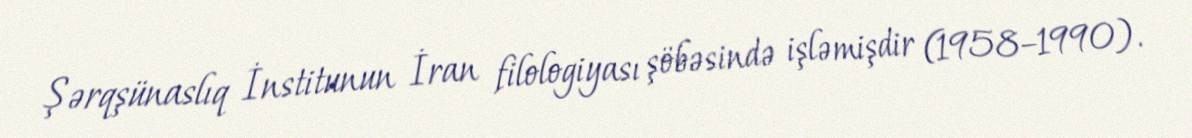
Şərqşünaslıq İnstitunun İran filologiyası şöbəsində işləmişdir (1958–1990).